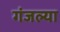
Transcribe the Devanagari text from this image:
गंजल्या